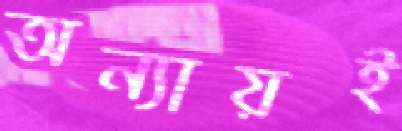
অন্যায়ই